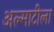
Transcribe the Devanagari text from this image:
अल्माटीला